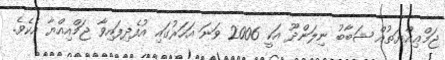
ޖަމްޢިއްޔަތުއް ޝަބާބު ނިލަންދޫ އަކީ 2006 ވަނަ އަހަރުގައި އުފެދިފައިވާ ޖަމްއިއްޔާ އެކެވެ.